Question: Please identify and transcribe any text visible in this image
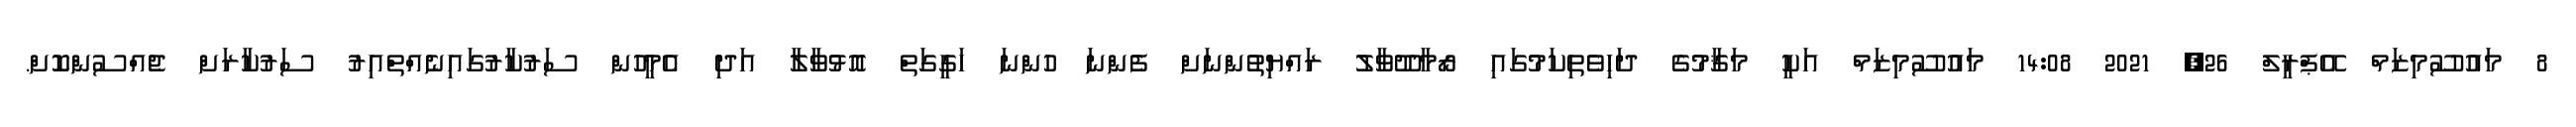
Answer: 8 މައުސޫމިޒަމް އޭޕްރީލް 26, 2021 14:08 މައުސޫމިޒަމް އަކީ މަޤާމުގެ ދަހިވެތިކަމުގައި ރޯމާދޫވާލު ރައްޔިތުންނަށް ފެންނަ ހުންނަ ހަގީގަތް އޮޅުވާލާ އަދި އެމީހުން ސަރުކާރުގައިނެއްތްއިރު ސަރުކާރަށް ޖެއްސުންކޮށް.